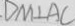
D M \bot A C